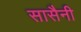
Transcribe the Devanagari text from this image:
सासैनी